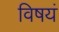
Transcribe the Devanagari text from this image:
विषयं